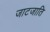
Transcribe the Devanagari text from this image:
जाटजाति